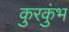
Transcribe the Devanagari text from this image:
कुरकुंभ